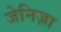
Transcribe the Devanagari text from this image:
जेनिज़ा